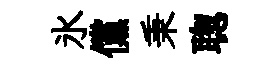
氷儻秉聦